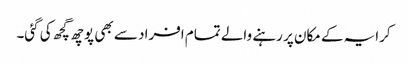
کرایہ کے مکان پر رہنے والے تمام افراد سے بھی پوچھ گچھ کی گئی۔